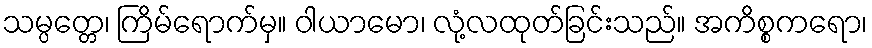
သမ္ပတ္တေ၊ ကြိမ်ရောက်မှ။ ဝါယာမော၊ လုံ့လထုတ်ခြင်းသည်။ အကိစ္စကရော၊